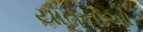
યાતનાઓ